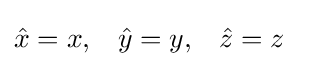
{\begin{aligned}{\hat {x}}&=x,&{\hat {y}}&=y,&{\hat {z}}&=z\end{aligned}}